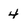
Character: 4